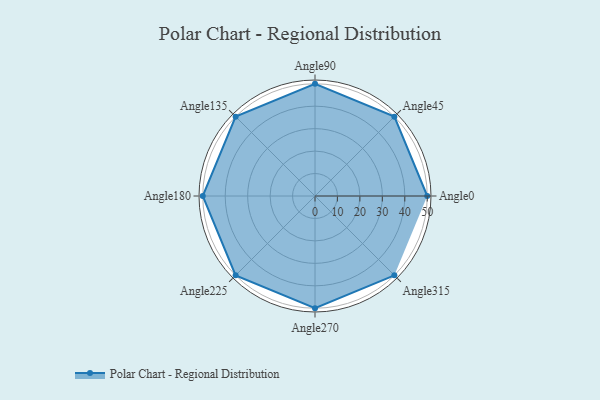
{"axis": {"x": "Angle", "y": "Radius"}, "legend": [""], "data": [{"x": "Angle0", "y": 50, "type": ""}, {"x": "Angle45", "y": 50, "type": ""}, {"x": "Angle90", "y": 50, "type": ""}, {"x": "Angle135", "y": 50, "type": ""}, {"x": "Angle180", "y": 50.0, "type": ""}, {"x": "Angle225", "y": 50, "type": ""}, {"x": "Angle270", "y": 50, "type": ""}, {"x": "Angle315", "y": 50, "type": ""}]}